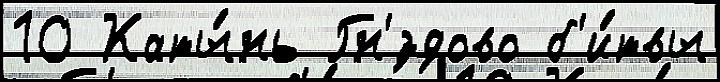
10 Каты́нь Гн'́здово б'и́твы